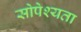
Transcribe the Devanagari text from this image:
सोपेश्यता